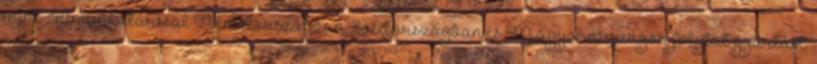
mint 740 munkatárssal Németországban, Svédországban és Magyarországon folytat gyártást.